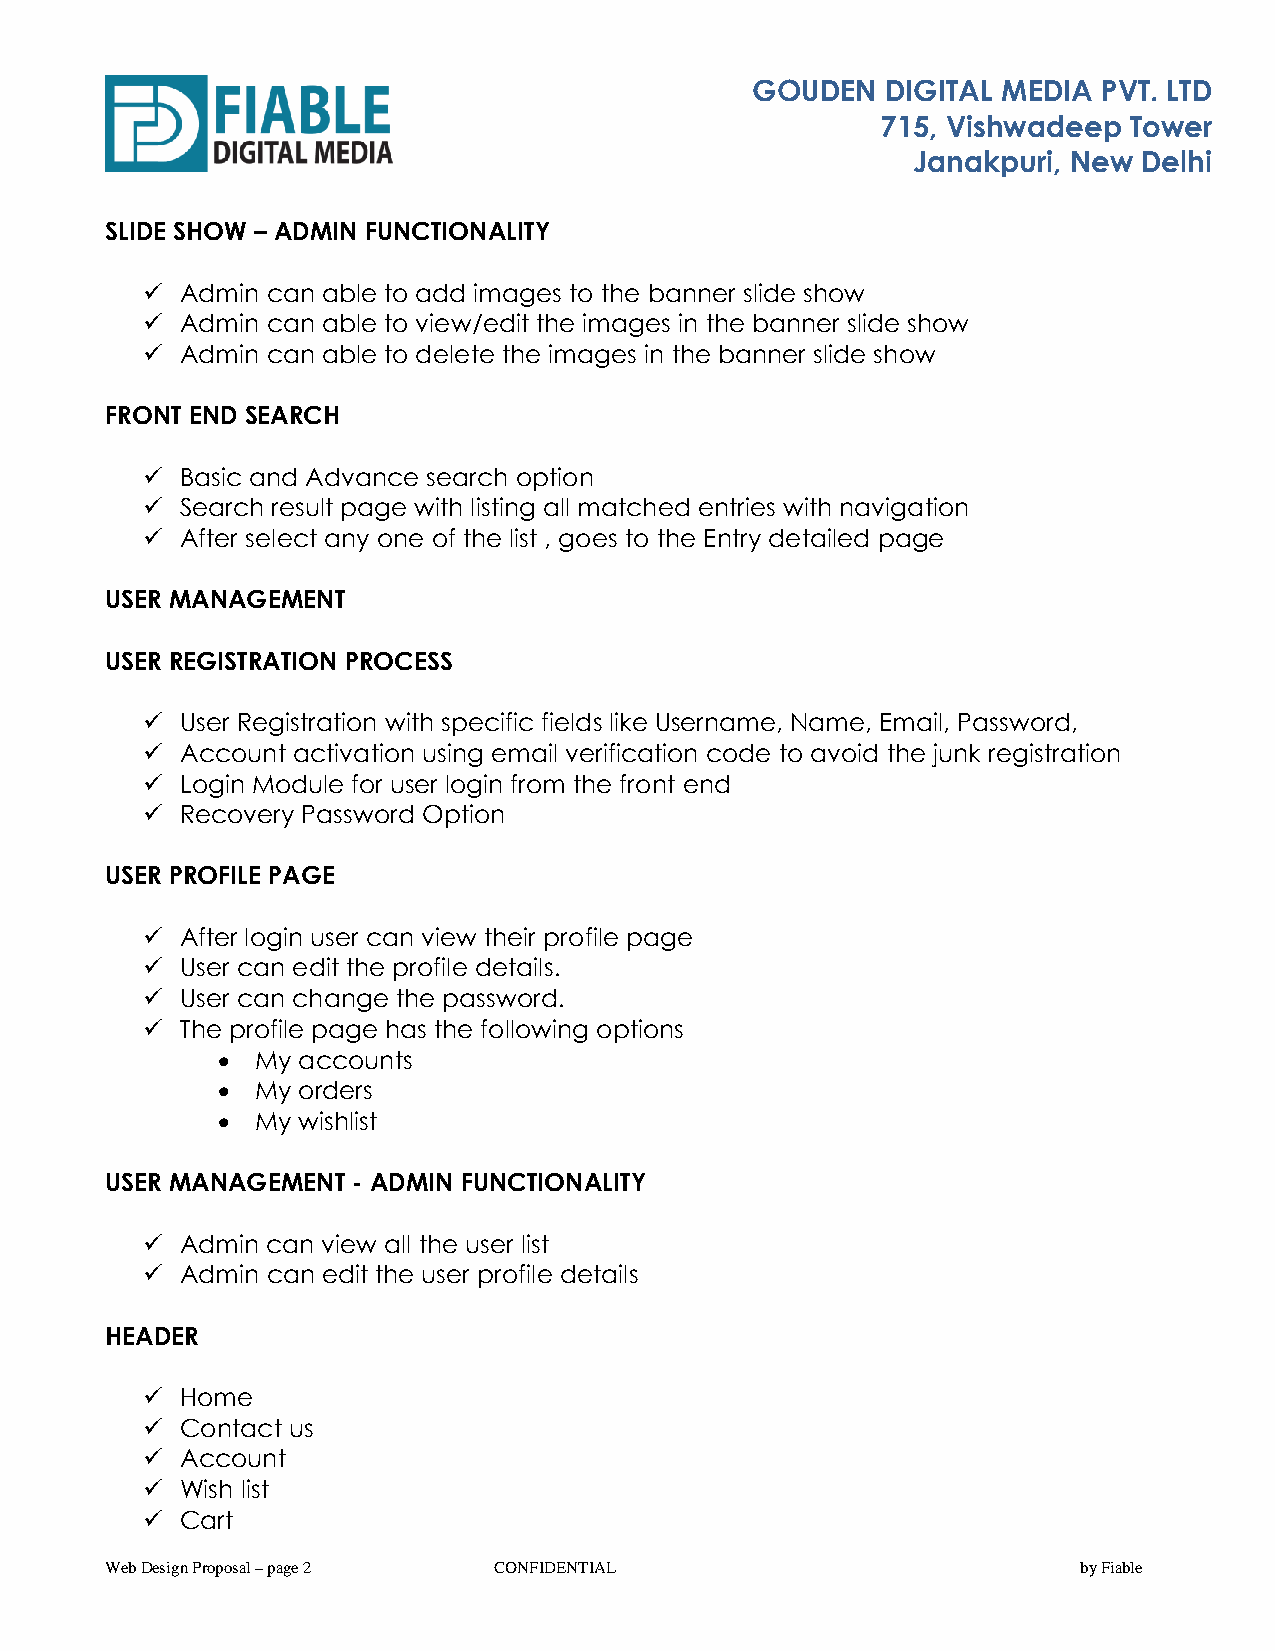
GOUDEN   DIGITAL MEDIA PVT. LTD
 715, Vishwadeep  Tower
 Janakpuri, New  Delhi
 SLIDE SHOW – ADMIN FUNCTIONALITY
 ✓  Admin can able to add images to the banner slide show
 ✓  Admin can able to view/edit the images in the banner slide show
 ✓  Admin can able to delete the images in the banner slide show
 FRONT END SEARCH
 ✓  Basic and Advance search option
 ✓  Search result page with listing all matched entries with navigation
 ✓  After select any one of the list , goes to the Entry detailed page
 USER MANAGEMENT
 USER REGISTRATION PROCESS
 ✓  User Registration with specific fields like Username, Name, Email, Password,
 ✓  Account activation using email verification code to avoid the junk registration
 ✓  Login Module for user login from the front end
 ✓  Recovery Password Option
 USER PROFILE PAGE
 ✓  After login user can view their profile page
 ✓  User can edit the profile details.
 ✓  User can change the password.
 ✓  The profile page has the following options
 •  My accounts
 •  My orders
 •  My wishlist
 USER MANAGEMENT - ADMIN FUNCTIONALITY
 ✓  Admin can view all the user list
 ✓  Admin can edit the user profile details
 HEADER
 ✓  Home
 ✓  Contact us
 ✓  Account
 ✓  Wish list
 ✓  Cart
 Web Design Proposal – page 2 CONFIDENTIAL                        by Fiable